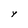
Character: y